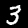
Digit: 3